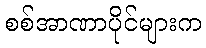
စစ်အာဏာပိုင်များက